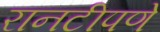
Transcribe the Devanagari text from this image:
रानटीपणे